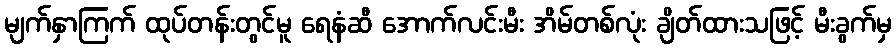
မျက်နှာကြက် ထုပ်တန်းတွင်မူ ရေနံဆီ အောက်လင်းမီး အိမ်တစ်လုံး ချိတ်ထားသဖြင့် မီးခွက်မှ